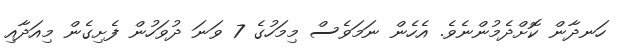
ހަނދާން ކޮށްދެމުންނެވެ. އެހެން ނަމަވެސް މިމަހުގެ 7 ވަނަ ދުވަހުން ފެށިގެން މިއަދާއި